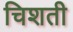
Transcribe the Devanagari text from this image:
चिशती